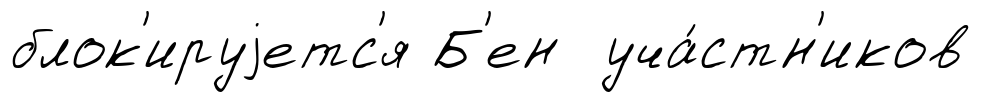
блок'ируjетс'я Б'ен уча́стн'иков